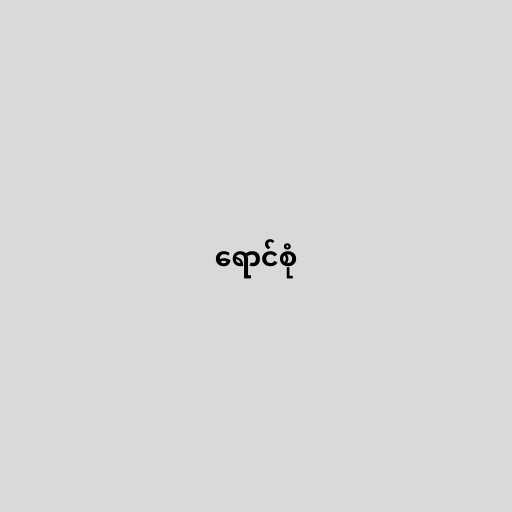
ရောင်စုံ